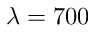
\lambda = 7 0 0